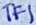
Text: TF1